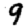
Digit: 9